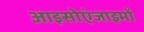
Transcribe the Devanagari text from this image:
आइसोएंजाइमों